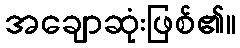
အချောဆုံးဖြစ်၏။